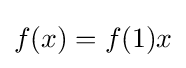
f(x)=f(1)x